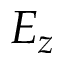
E _ { z }